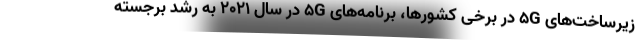
زیرساخت‌های ۵G در برخی کشورها، برنامه‌های ۵G در سال ۲۰۲۱ به رشد برجسته